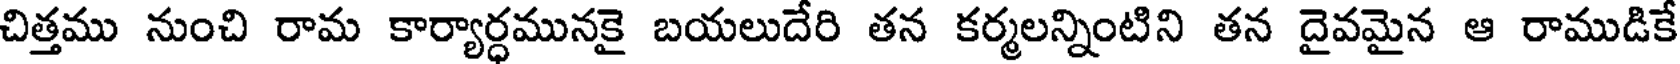
చిత్తము నుంచి రామ కార్యార్ధమునకై బయలుదేరి తన కర్మలన్నింటిని తన దైవమైన ఆ రాముడికే